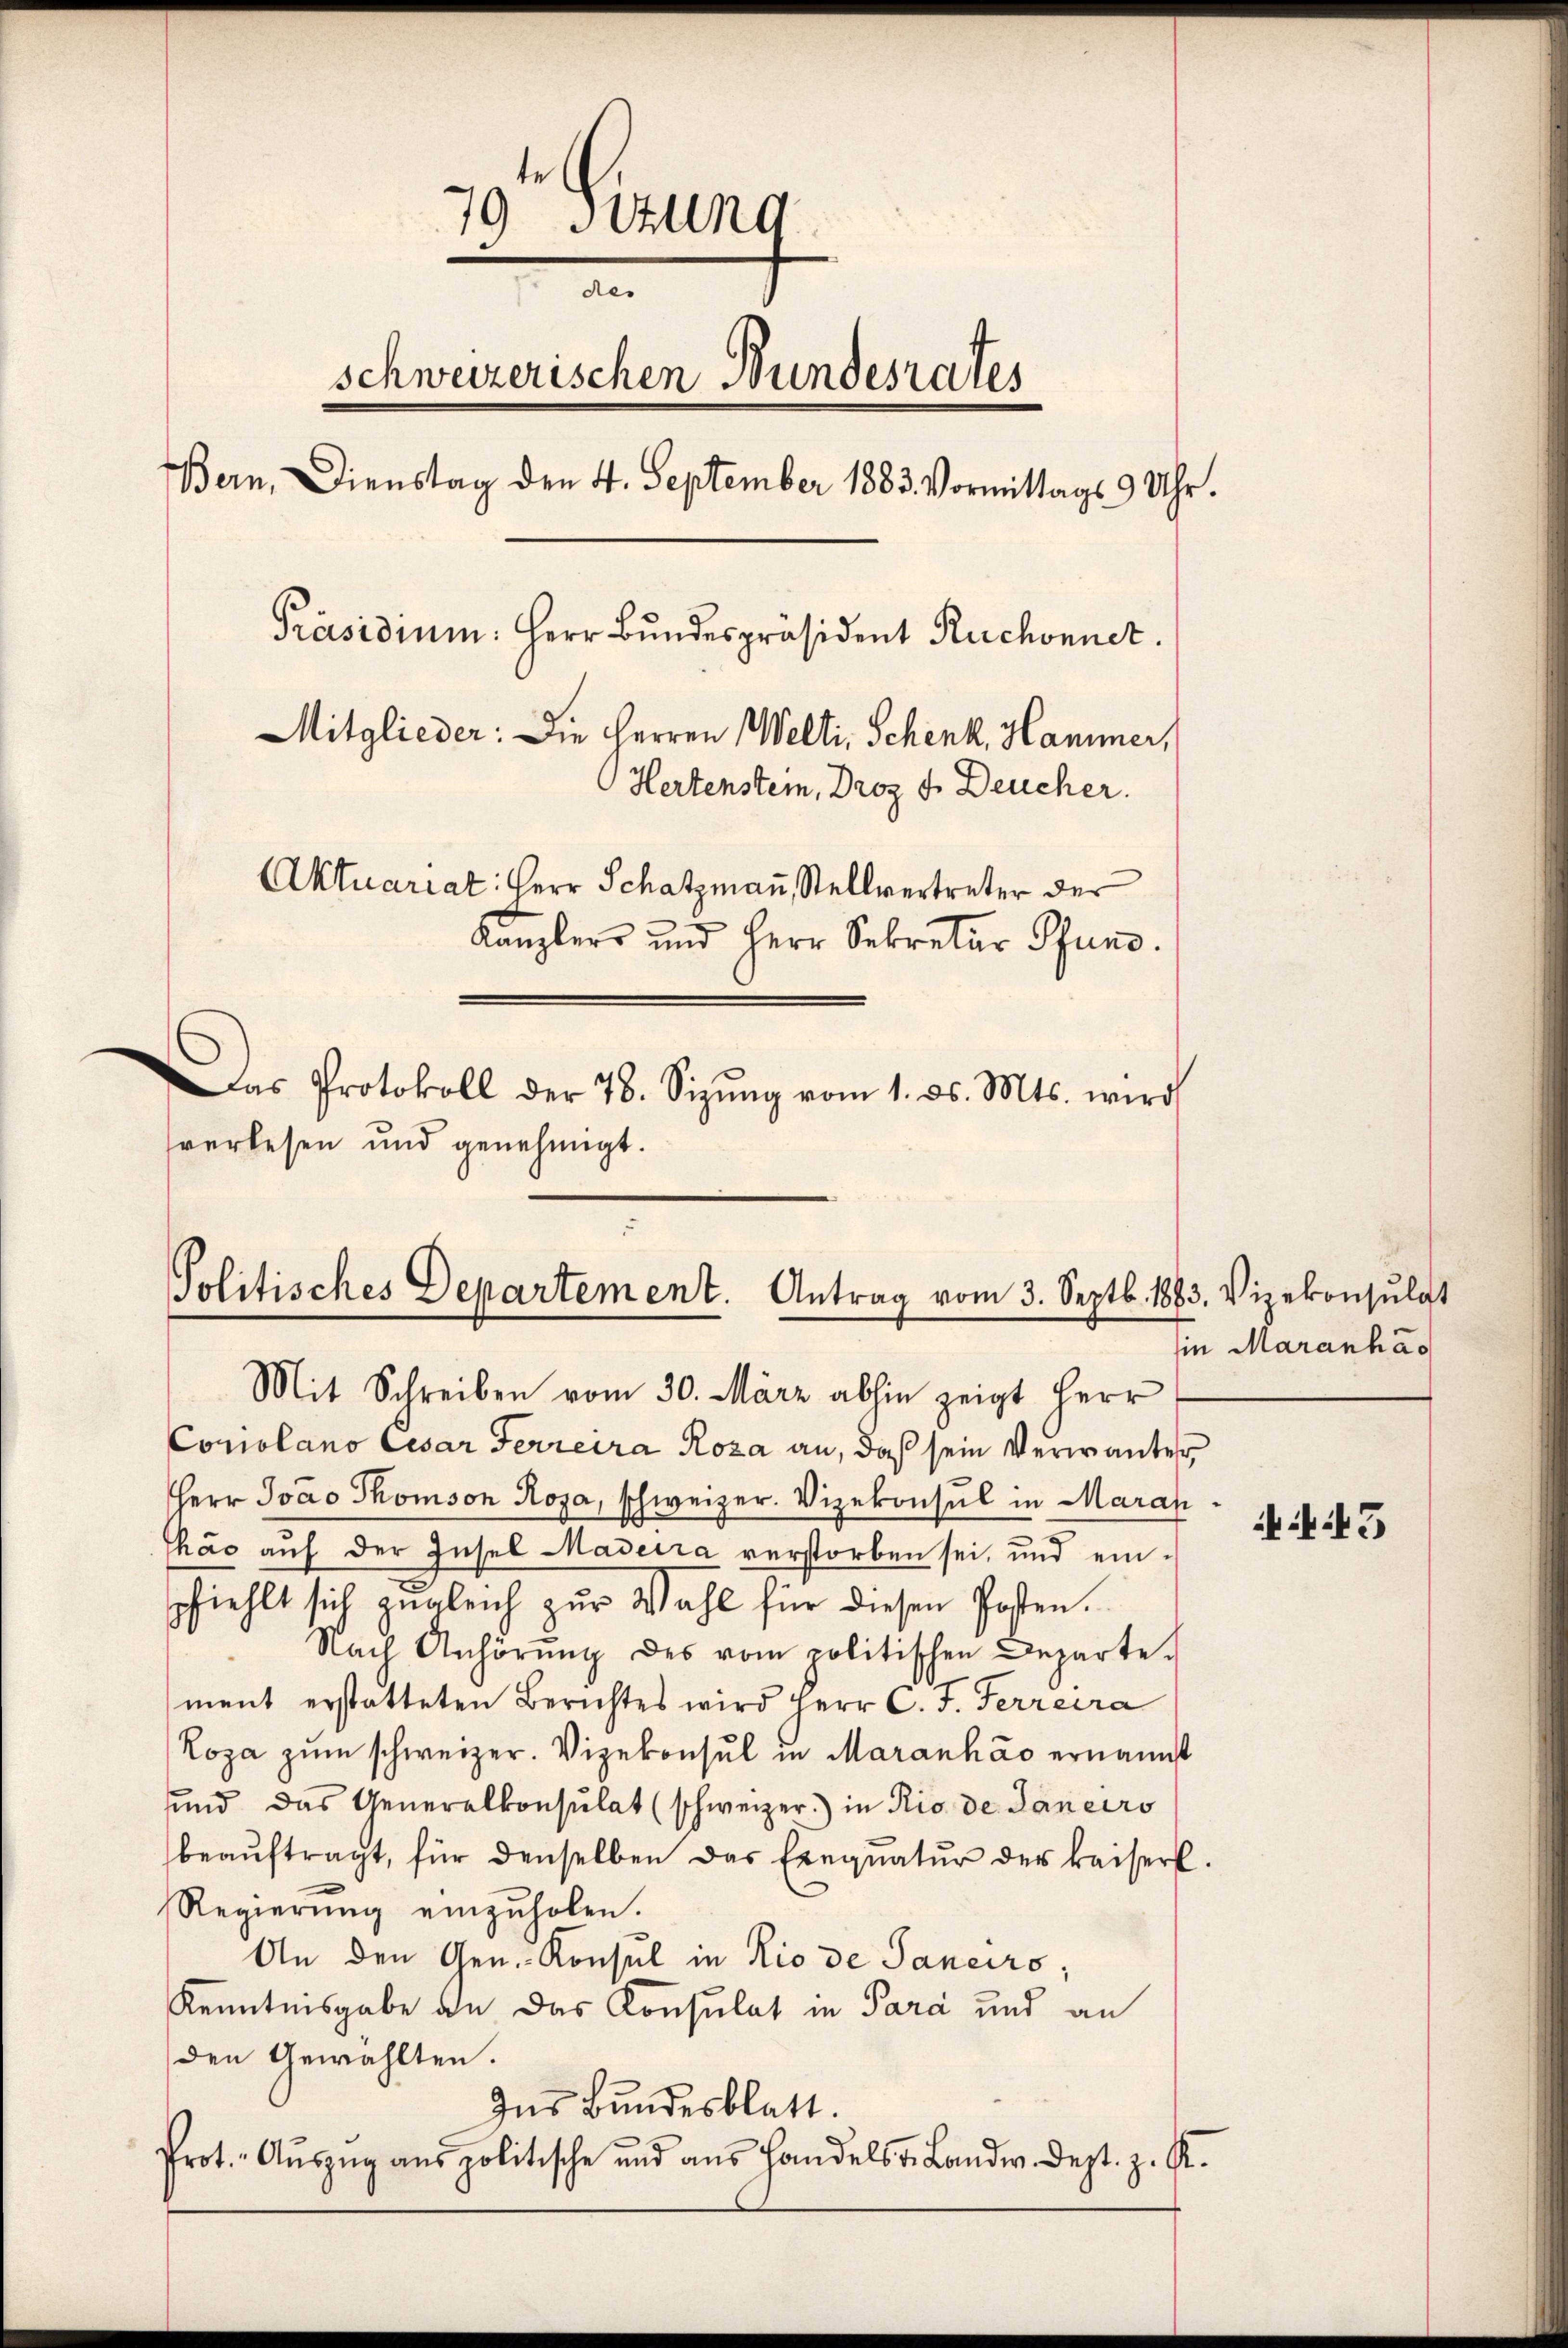
79 sizung
des
schweizerischen Bundesrates
Bern, Dienstag den 4. September 1883. Vormittags 9 Uhr.
Präsidium. Herr Bundespräsident Ruchonner.
Mitglieder: Die Herren Welti, Schenk, Hammer,
Hertenstein, Droz. 3. Deucher.
Aktuariat: Herr Schatzmann, Stellvertreter der
Kanzlers und Herr Sekretär Pfun
as Protokoll der 78. Sizŭng vom 1. ds. Mts. wird
sverlesen und genehmigt.

Politisches Departement. Antrag vom 3. Septb. 1883. Vizekonsŭlgt
Mit Schreiben vom 30. März abhin zeigt Herr

Conolano Cesar Ferreira Roza an, daß sein Verwanter
Herr Ivao Thomson Rosa, schweizer. Vizekonsul in Aarau
thás auf der Insel Madera verstorben sei, und einpfiehlt sich zugleich zur Wahl für diesen Posten.
Nach Anhörŭng des vom politischen Departe.
ment erstatteten Berichtes wird Herr C. J. Ferreira
Roza zŭm schweizer. Vizekonsul in Maranhao ernannt
und das Generalkonsulat (schweizer.) in Rio de Janeiro
beaŭftragt, für denselben das Einquatur der kaiserl
Regierŭng einzŭholen.
An den Gen. Konsul in Rio de Sancirs;
Kenntnisgabe an das Konsulat in Para und an
den Gewählten.
Ins Bundesblatt.
Prot. Aŭszŭg ans politische und aŭs Handelsr. Landw. Dept. z. R.

in Maranha

if. 43